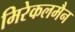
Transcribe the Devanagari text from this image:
मिरेकलमैन